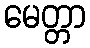
မေတ္တာ